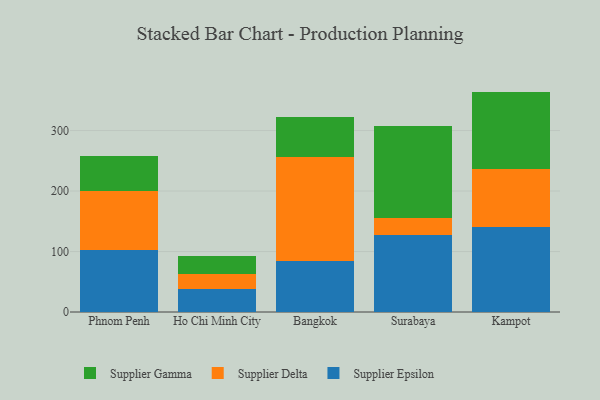
{"axis": {"x": "City", "y": "Active Users"}, "legend": ["Supplier Delta", "Supplier Epsilon", "Supplier Gamma"], "data": [{"x": "Phnom Penh", "y": 102.3, "type": "Supplier Epsilon"}, {"x": "Phnom Penh", "y": 97.2, "type": "Supplier Delta"}, {"x": "Phnom Penh", "y": 57.8, "type": "Supplier Gamma"}, {"x": "Ho Chi Minh City", "y": 37.6, "type": "Supplier Epsilon"}, {"x": "Ho Chi Minh City", "y": 25.8, "type": "Supplier Delta"}, {"x": "Ho Chi Minh City", "y": 28.5, "type": "Supplier Gamma"}, {"x": "Bangkok", "y": 84.2, "type": "Supplier Epsilon"}, {"x": "Bangkok", "y": 171.8, "type": "Supplier Delta"}, {"x": "Bangkok", "y": 66.1, "type": "Supplier Gamma"}, {"x": "Surabaya", "y": 127.6, "type": "Supplier Epsilon"}, {"x": "Surabaya", "y": 27.8, "type": "Supplier Delta"}, {"x": "Surabaya", "y": 152.9, "type": "Supplier Gamma"}, {"x": "Kampot", "y": 141.2, "type": "Supplier Epsilon"}, {"x": "Kampot", "y": 95.2, "type": "Supplier Delta"}, {"x": "Kampot", "y": 128.0, "type": "Supplier Gamma"}]}